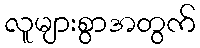
လူများစွာအတွက်